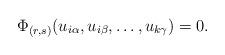
LaTeX: \begin{align*}\Phi_{(r,s)}(u_{i\alpha}, u_{i\beta},\ldots,u_{k\gamma})=0.\end{align*}